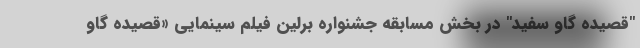
"قصیده گاو سفید" در بخش مسابقه جشنواره برلین فیلم سینمایی «قصیده گاو